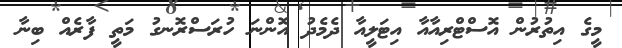
މީގެ އިތުރުން އޮސްޓްރިއާއާ އިޓަލީއާ ދެމެދު އޮންނަ ހުރަސްރޮނގު މަތީ ފާރެއް ބިނާ